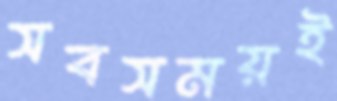
সবসময়ই